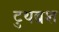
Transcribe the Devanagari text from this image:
टुथब्रश